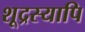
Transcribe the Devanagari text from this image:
शूद्रस्यापि